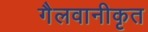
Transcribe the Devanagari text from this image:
गैलवानीकृत